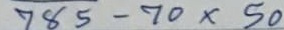
785 - 70 x 50